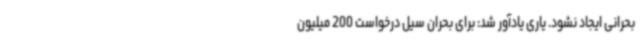
بحرانی ایجاد نشود. یاری یادآور شد: برای بحران سیل درخواست 200 میلیون